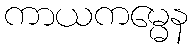
ကာယကမ္မေန